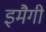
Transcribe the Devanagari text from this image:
इमैगी